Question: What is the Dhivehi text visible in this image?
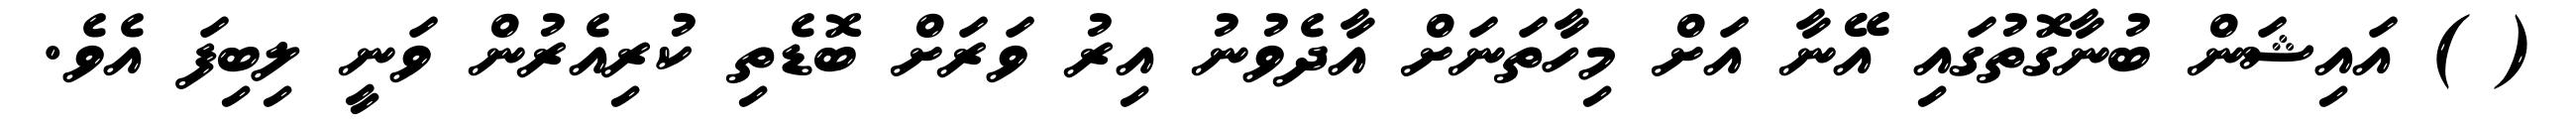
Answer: ( ) އައިޝަން ބުނާގޮތުގައި އޭނާ އަށް މިހާތަނަށް އާދެވުނު އިރު ވަރަށް ބޮޑެތި ކުރިއެރުން ވަނީ ލިބިފަ އެވެ.